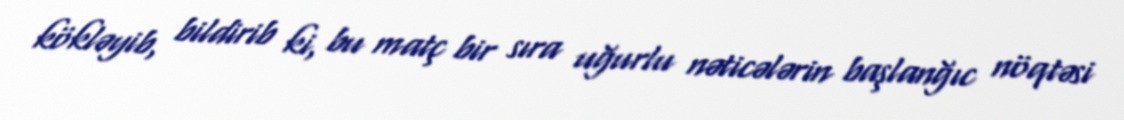
kökləyib, bildirib ki, bu matç bir sıra uğurlu nəticələrin başlanğıc nöqtəsi